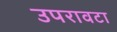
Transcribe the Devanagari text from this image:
उपरावटा